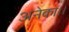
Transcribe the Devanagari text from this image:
अनेका।।